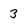
Character: 3